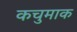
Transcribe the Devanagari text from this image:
कचुमाक